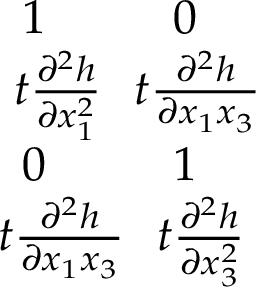
\begin{array} { r } { 1 \ \ \ \ \ \ \ \ 0 \ \ \ \ } \\ { t \frac { \partial ^ { 2 } h } { \partial x _ { 1 } ^ { 2 } } \ \ t \frac { \partial ^ { 2 } h } { \partial x _ { 1 } x _ { 3 } } } \\ { 0 \ \ \ \ \ \ \ \ 1 \ \ \ \ } \\ { t \frac { \partial ^ { 2 } h } { \partial x _ { 1 } x _ { 3 } } \ \ t \frac { \partial ^ { 2 } h } { \partial x _ { 3 } ^ { 2 } } \ } \end{array}